Annual report of the Central Committee of the Association together with the report of the directors of the Pasteur Institute at Kasauli
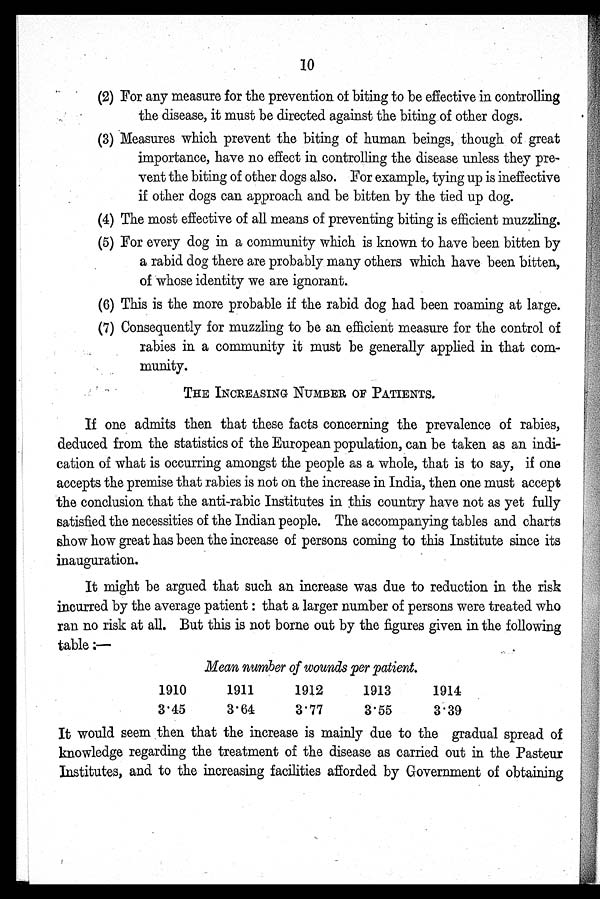
10
(2) For any measure for the prevention of biting to be effective in controlling
the disease, it must be directed against the biting of other dogs.
(3) Measures which prevent the biting of human beings, though of great
importance, have no effect in controlling the disease unless they pre
-
vent the biting of other dogs also. For example, tying up is ineffective
if other dogs can approach and be bitten by the tied up dog.
( 4 ) T h e m o s t e f f e c t i v e o f a l l m e a n s o f p r e v e n t i n g b i t i n g i s e f f i c i e n t m u z z l i n g .
(5) For every dog in a community which is known to have been bitten by
a rabid dog there are probably many others which have been bitten,
of whose identity we are ignorant.
( 6 ) T h i s i s t h e m o r e p r o b a b l e i f t h e r a b i d d o g h a d b e e n r o a m i n g a t l a r g e .
(7) Consequently for muzzling to be an efficient measure for the control of
rabies in a community it must be generally applied in that com
-
munity.
THE INCREASING NUMBER OF PATIENTS.
If one admits then that these facts concerning the prevalence of rabies,
deduced from the statistics of the European population, can be taken as an indi
-
cation of what is occurring amongst the people as a whole, that is to say, if one
accepts the premise that rabies is not on the increase in India, then one must accept
the conclusion that the anti-rabic Institutes in this country have not as yet fully
satisfied the necessities of the Indian people. The accompanying tables and charts
show how great has been the increase of persons coining to this Institute since its
inauguration.
It might be argued that such an increase was due to reduction in the risk
incurred by the average patient: that a larger number of persons were treated who
ran no risk at all. But this is not borne out by the figures given in the following
table :—
Mean number of wounds per patient.
1910
1911
1912
1913
1914
3.45
3.64
3.77
3.55
3.39
It would seem then that the increase is mainly due to the gradual spread of
knowledge regarding the treatment of the disease as carried out in the Pasteur
Institutes, and to the increasing facilities afforded by Government of obtaining